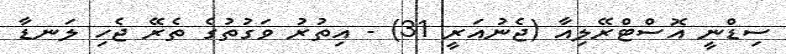
ސިޑްނީ އޮސްޓްރޭލިއާ (ޖެނުއަރީ 31) - އިތުރު ވަގުތުގެ ތެރޭ ޖެހި ލަނޑާ